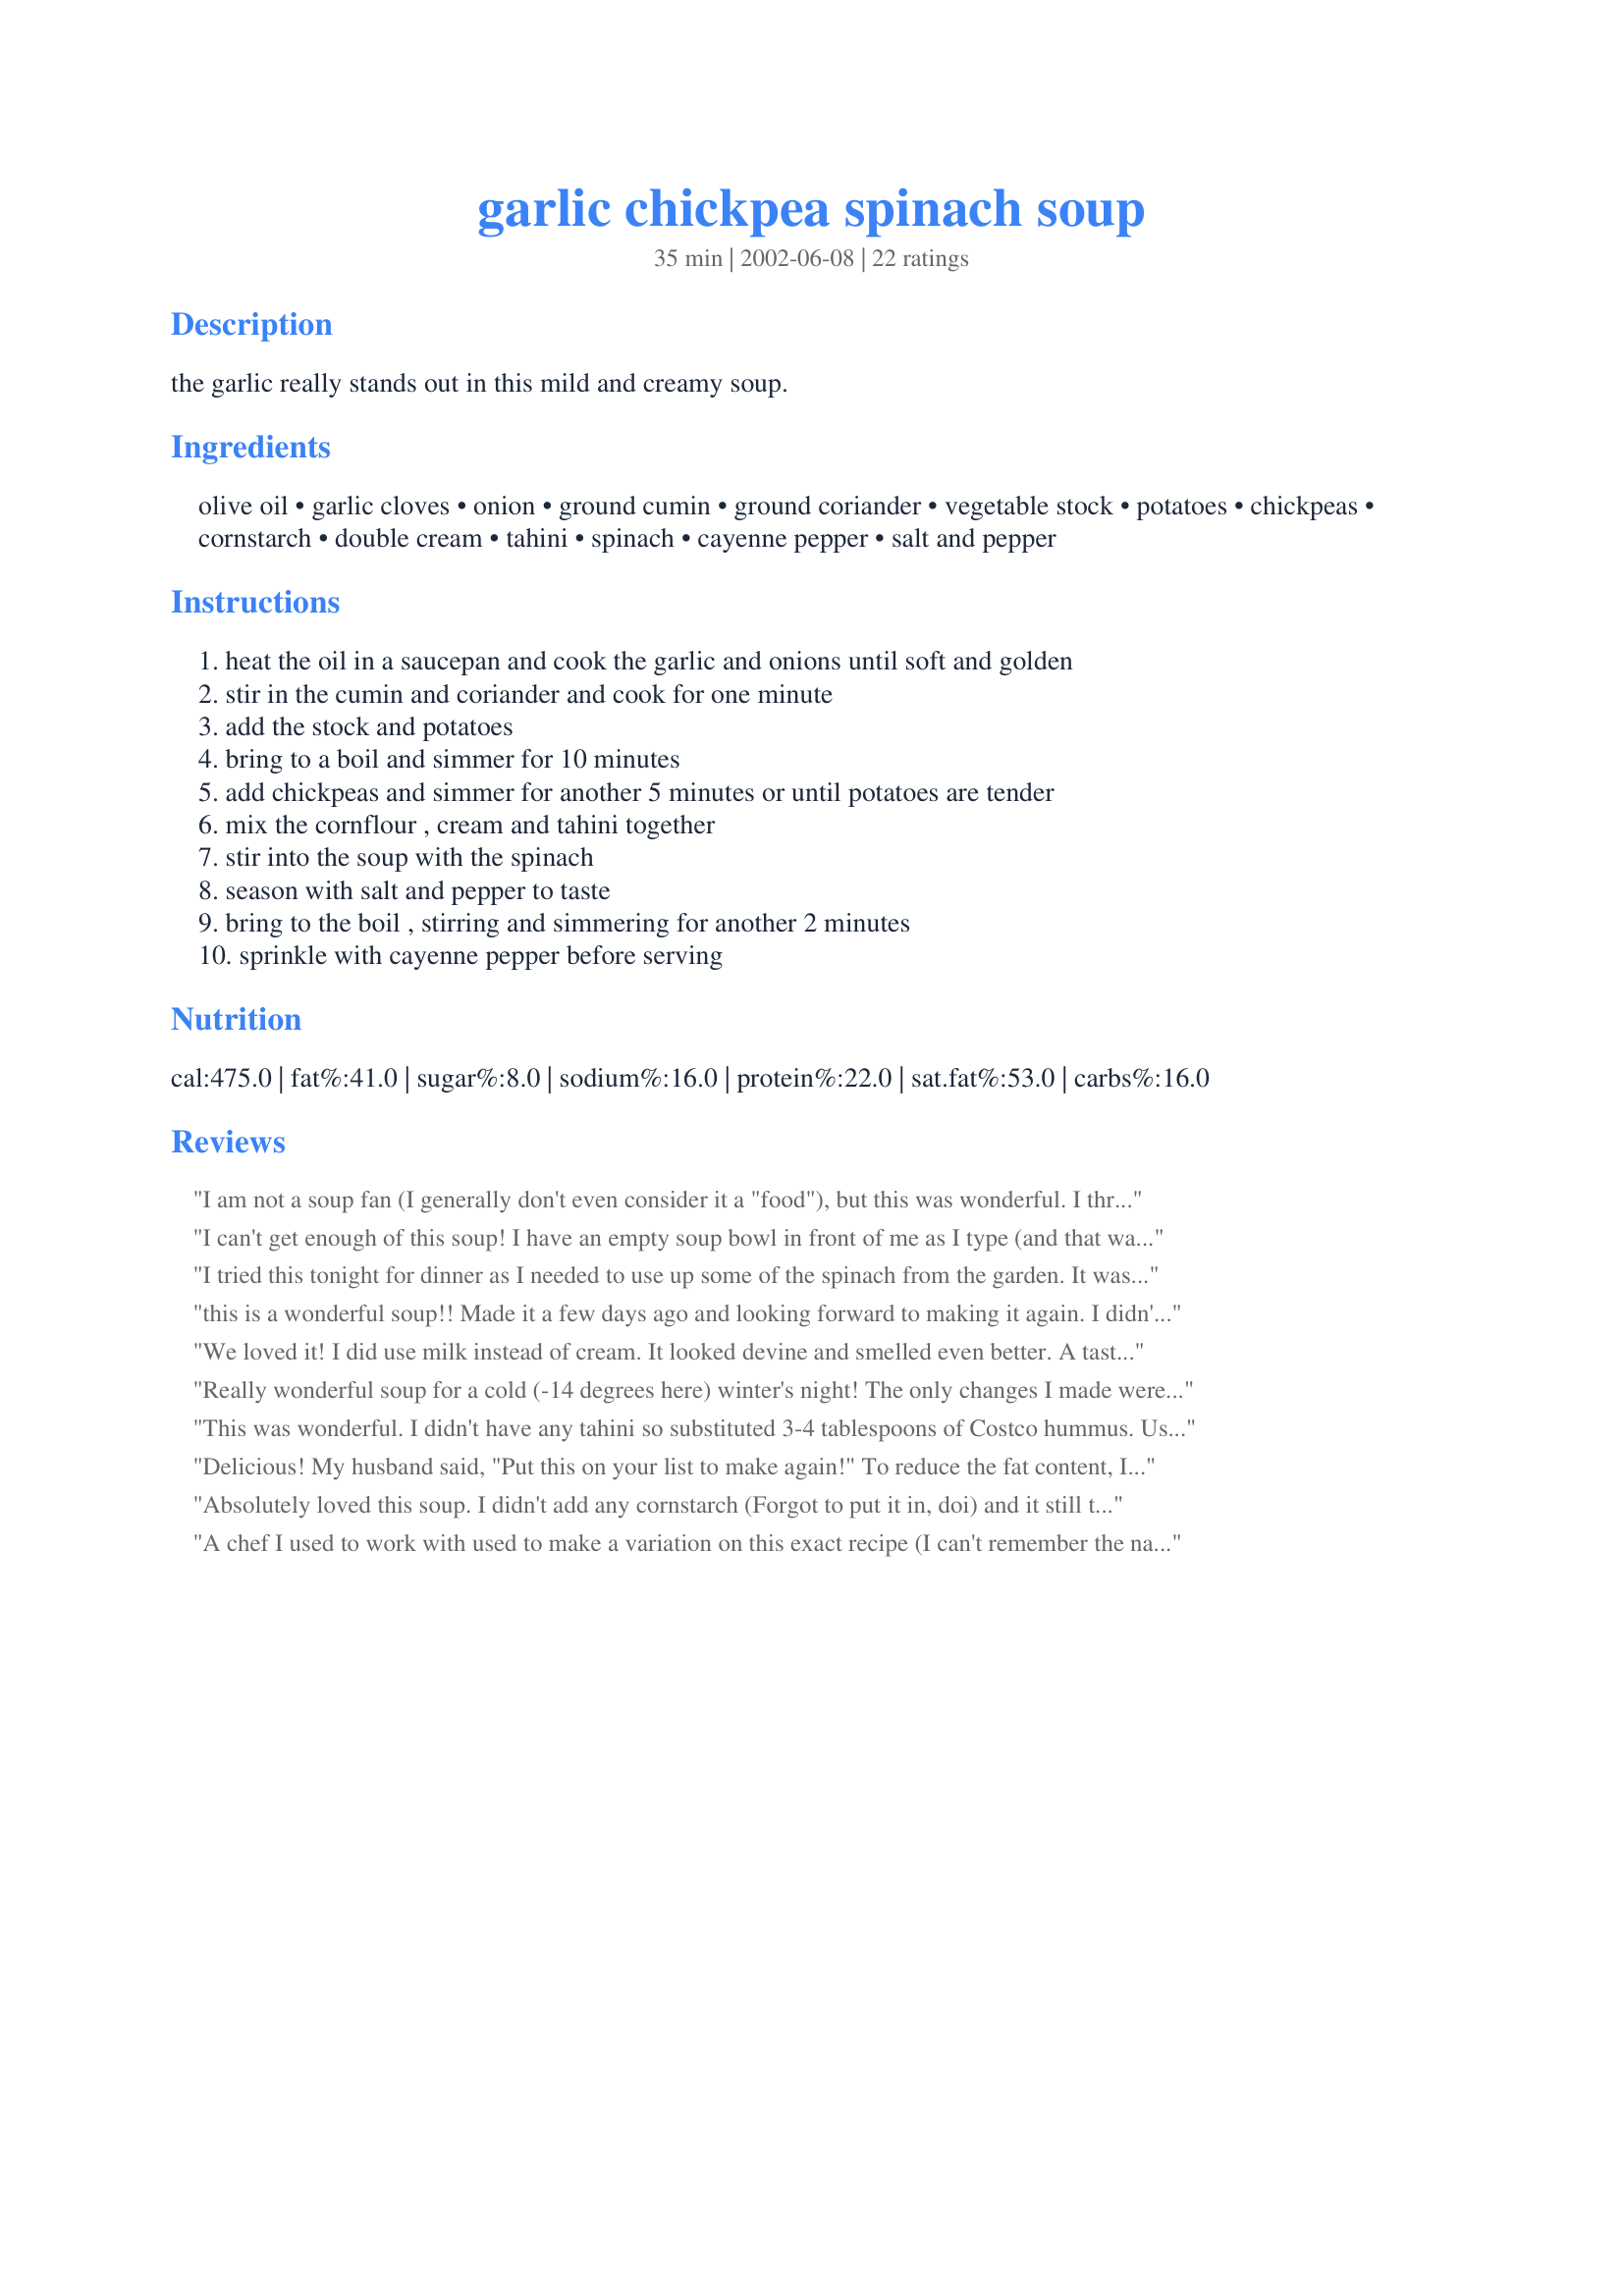
garlic chickpea spinach soup
Preparation time: 35 minutes

the garlic really stands out in this mild and creamy soup.

Ingredients:
olive oil, garlic cloves, onion, ground cumin, ground coriander, vegetable stock, potatoes, chickpeas, cornstarch, double cream, tahini, spinach, cayenne pepper, salt and pepper

Steps:
heat the oil in a saucepan and cook the garlic and onions until soft and golden, stir in the cumin and coriander and cook for one minute, add the stock and potatoes, bring to a boil and simmer for 10 minutes, add chickpeas and simmer for another 5 minutes or until potatoes are tender, mix the cornflour , cream and tahini together, stir into the soup with the spinach, season with salt and pepper to taste, bring to the boil , stirring and simmering for another 2 minutes, sprinkle with cayenne pepper before serving

Reviews:
I am not a soup fan (I generally don't even consider it a "food"), but this was wonderful. I threw in a lemon too. Nothing wrong with that. Yum.
I can't get enough of this soup! I have an empty soup bowl in front of me as I type (and that was my second helping).<br/><br/>I've just made it for about the fourth time. I have this recipe in a veggie cookbook but thought I'd see if it had made it up here to zaar (as I still think of this place) because I want to urge as many people as possible to try it.<br/><br/>The only thing I do to deviate from recipe as written is put in double the amount of potato.<br/><br/>Awesome!
I tried this tonight for dinner as I needed to use up some of the spinach from the garden. It was really good. Everyone liked it! I did make a few changes tho. I added 2 celery stalks, I left out the coriander, as I didn't have any, and I didn't add any double cream as I can't have dairy. Even without the cream the soup was very thick and "creamy". Definitely a keeper!
this is a wonderful soup!! Made it a few days ago and looking forward to making it again. I didn't have fresh spinach, used frozen one and added it with chickpeas.
Thank you for the recipe!!
We loved it! I did use milk instead of cream. It looked devine and smelled even better. A tasty soup on a cold winter day!
Really wonderful soup for a cold (-14 degrees here) winter's night! The only changes I made were to use chicken broth and to add some sliced turkey kielbasa along with the spinach (hubby must have some meat). I served it with some Thai chili garlic sauce and crusty Ciabatta bread. I will definitely be making this again and will probably use it as a company recipe in the future. It's the perfect consistency and the spinach adds a beautiful color.
This was wonderful. I didn't have any tahini so substituted 3-4 tablespoons of Costco hummus. Used a variety of vegetables I had including carrots, potatoes sweet potatoes and some mushrooms. Didn't have any double cream but added a dollup of sour cream after I served it and it was very yummy. My daughter who is the picky eater came back for seconds. Thanks for a great (and easy) recipe.
Delicious! My husband said, "Put this on your list to make again!" To reduce the fat content, I used skim milk instead of cream.
Absolutely loved this soup. I didn't add any cornstarch (Forgot to put it in, doi) and it still turned out lovely, plenty thick enough. With the amount of cream in this recipe I thought it may be too rich for my taste, but this wasn't the case. 6 out of 5 stars!
A chef I used to work with used to make a variation on this exact recipe (I can't remember the name of the cookbook). For those of us who don't like creamy soups, or don't want all the fat, instead of using the cornstarch, cream, and tahini, substitute a large can of chopped tomatoes, a bit of garlic oil, and some basil, lightly pureed and heated, then add with the spinach. I thought it was really grogeous, as I don't really 'do' dairy:)
Yummm.
The other day we had our wettest day in 3 years in Melbourne, and it's SUMMER! That made us feel like a comforting soup and were also on a spinach kick, so this worked out really well.
I also made it without the cornstarch and found it to be thick enough for us.
 We've always got these ingredients on hand, so it'll be sure to make it's way to our table again.
Thanks for sharing, Sackville. :)
Double cream is heavy whipping cream in the U.S.
Easy and filling, very nice soup. I omitted the cream but added the cornstarch, and I pureed most of the soup because I'm a lazy eater. So I ended up with a pretty thick consistency which was just great. I also added a good squirt of lemon juice at the end. Yum. Thanks for sharing!
Sensational soup. I lost count of how many times our Czech exchange student said 'really' before he added 'good soup'. We all loved it. Used chicken stock and only two teaspoons of cornstarch. The broth was delicious, so you could skip step 4 and its ingredients (cornstarch, cream and tahini) if you needed to for any reason. Will be making this often in future. Meant to add some lemon, but forgot. In too much of a hurry to wolf it down. A wonderful find from Pick a Chef.
Another great soup Friedel, come live at my house and cook me soup please!
Had guests for lunch today and served this (doubled the recipe). Only change I made was to omit the cornstarch-I felt that with all the stuff in it, including the potatoes, it was naturally thick enough.
It's just as Friedel say, subtle, garlicky, creamy, yummy!
This is a wonderful vegetarian soup. My entire family loved it. I left out the cornstarch because I don't like thickeners in my soup- so it was a thinner base.
This was amazing! I had some Tahini I needed to use up, so this was the perfect recipe. Even my husband commented on how good the soup was and he despises chickpeas!
This is very very good. My DH and son who tend to be a bit picky enjoyed it. Thank you.
We really enjoyed this soup. Lots of different textures and flavors come together perfectly here. I did use chicken broth rather than veg stock, but otherwise followed all instructions. Really wonderful - thanks for the recipe!
This was very delicious! I left off the coriander because I didn't have any, and substituted milk for the cream to cut calories and fat. Oh- and I used sesame oil instead of the tahini. It was very flavourful and an excellent choice for lunch- filling and light at the same time. Thanks so much for this one!
mm good. love the cumin. we ate it with turkey bacon crumbles on top, which was awesome.
Picking this soup to make was a no-brainer for me. As far as I am concerned, this is a hommus soup and my favorite hommus flavor is spinach. This alone makes the recipe incredibly versatile - just substitute spinach for your favorite hommus flavor, be it lemon, sun-dried tomato/basil, olive, etc. etc. I felt the tahini was important to the texture of this soup, but I'm sure sesame oil tasted good too. Since I too used milk (and reduced oil somewhat) I included the cornstarch but had I used cream I could see omitting it. This is the second of Friedel's soups I have tried and I think she has a well-deserved reputation as a soup expert! Thanks very much, I'm going to try this again with variations. No doubt I will love every one of them.
